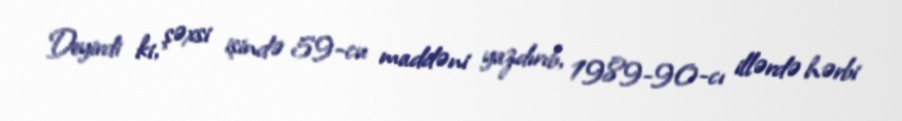
Deyirdi ki, şəxsi işində 59-cu maddəni yazdırıb, 1989-90-cı illərdə hərbi